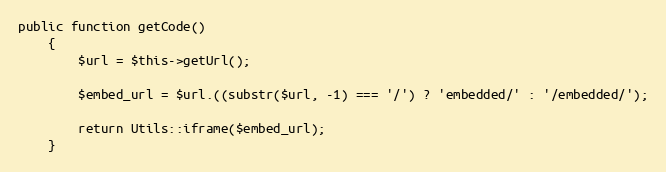
Language: PHP
public function getCode()
    {
        $url = $this->getUrl();

        $embed_url = $url.((substr($url, -1) === '/') ? 'embedded/' : '/embedded/');

        return Utils::iframe($embed_url);
    }